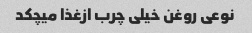
نوعی روغن خیلی چرب ازغذا میچکد